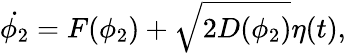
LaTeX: \dot{\phi_{2}}=F(\phi_{2})+\sqrt{2D(\phi_{2})}\eta(t),